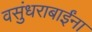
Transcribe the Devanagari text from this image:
वसुंधराबाईंना